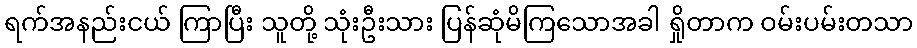
ရက်အနည်းငယ် ကြာပြီး သူတို့ သုံးဦးသား ပြန်ဆုံမိကြသောအခါ ရှိုတာက ဝမ်းပမ်းတသာ